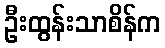
ဦးထွန်းသာစိန်က